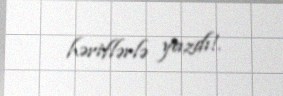
həriflərlə yazdı!.